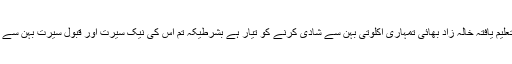
تمہارا اعلیٰ تعلیم یافتہ خالہ زاد بھائی تمہاری اکلوتی بہن سے شادی کرنے کو تیار ہے بشرطیکہ تم اس کی نیک سیرت اور قبول سیرت بہن سے شادی کرلو ۔